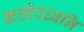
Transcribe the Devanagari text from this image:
कठोरध्वनि